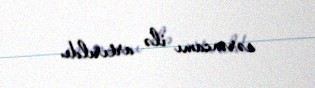
sərəncamı ilə artırıldı.